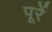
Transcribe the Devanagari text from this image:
पूरें